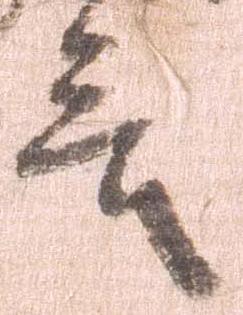
言